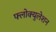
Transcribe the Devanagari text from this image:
फ्लोक्युलेशन